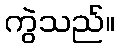
ကွဲသည်။